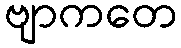
ဗျာကတေ